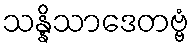
သန္နိသာဒေတဗ္ဗံ